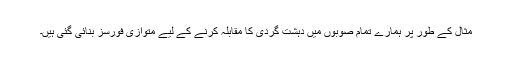
مثال کے طور پر ہمارے تمام صوبوں میں دہشت گردی کا مقابلہ کرنے کے لیے متوازی فورسز بنائی گئی ہیں۔